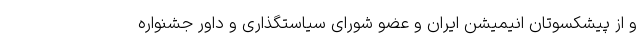
و از پیشکسوتان انیمیشن ایران و عضو شورای سیاستگذاری و داور جشنواره